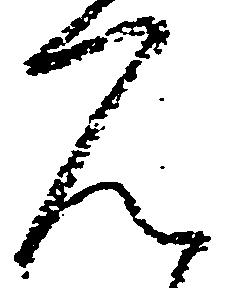
ん